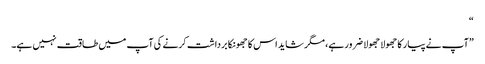
“
”آپ نے پیار کا جھولا جھولا ضرور ہے، مگر شاید اس کا جھونکا برداشت کرنے کی آپ میں طاقت نہیں ہے۔